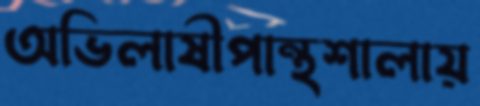
অভিলাষীপান্থশালায়